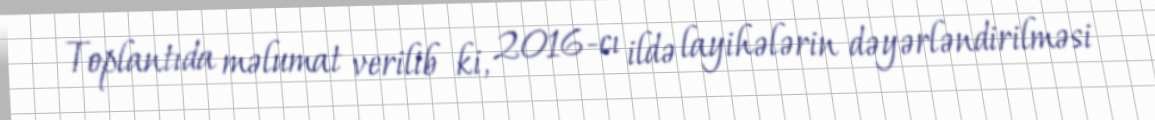
Toplantıda məlumat verilib ki, 2016-cı ildə layihələrin dəyərləndirilməsi